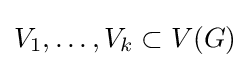
{\textstyle V_{1},\ldots ,V_{k}\subset V(G)}